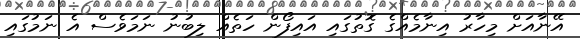
އޭނާއަށް މިހާރު އިނާމެއްގެ ގޮތުގައި އައިފޯން ހަތެއް ލިބުނު ނަމަވެސް އެ ނަމުގައި